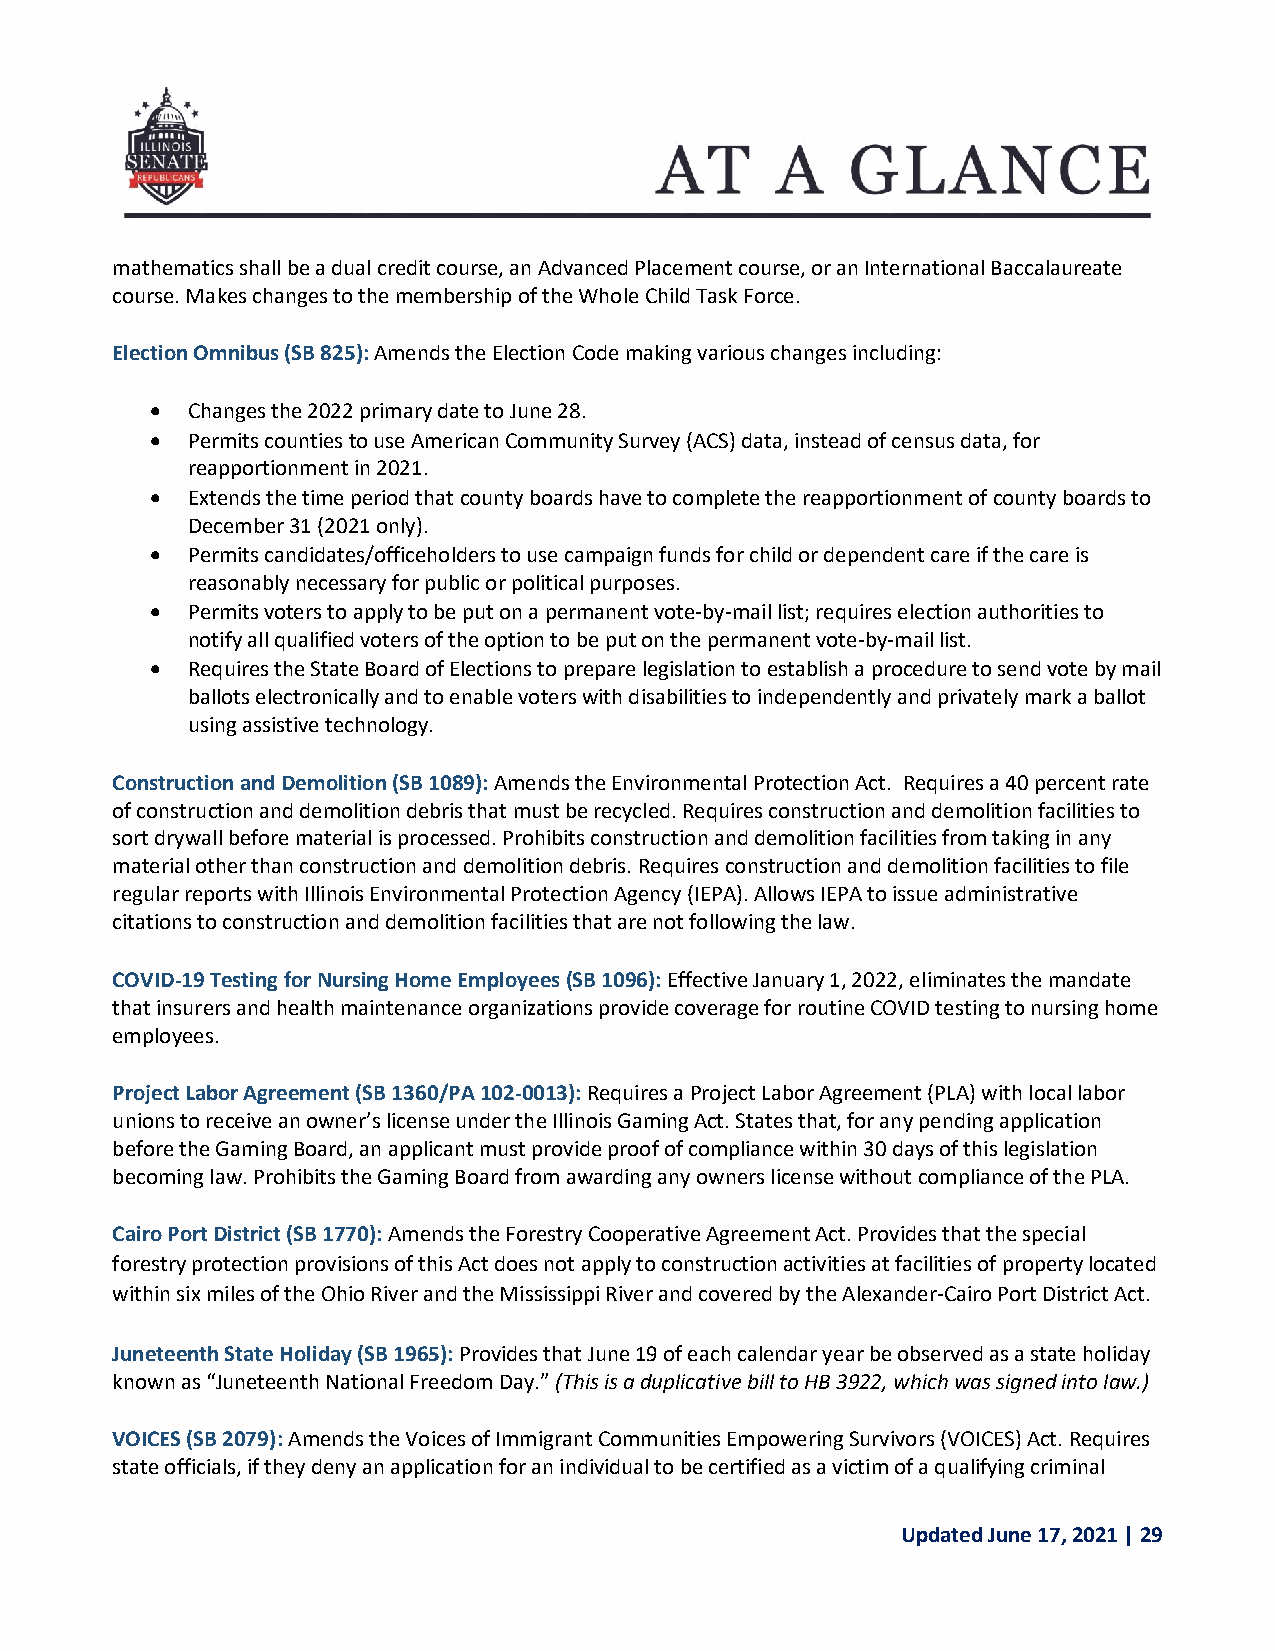
mathematics shall be a dual credit course, an Advanced Placement course, or an International Baccalaureate
 course. Makes changes to the membership of the Whole Child Task Force.
 Election Omnibus (SB 825): Amends the Election Code making various changes including:
  Changes the 2022 primary date to June 28.
  Permits counties to use American Community Survey (ACS) data, instead of census data, for
 reapportionment in 2021.
  Extends the time period that county boards have to complete the reapportionment of county boards to
 December 31 (2021 only).
  Permits candidates/officeholders to use campaign funds for child or dependent care if the care is
 reasonably necessary for public or political purposes.
  Permits voters to apply to be put on a permanent vote-by-mail list; requires election authorities to
 notify all qualified voters of the option to be put on the permanent vote-by-mail list.
  Requires the State Board of Elections to prepare legislation to establish a procedure to send vote by mail
 ballots electronically and to enable voters with disabilities to independently and privately mark a ballot
 using assistive technology.
 Construction and Demolition (SB 1089): Amends the Environmental Protection Act. Requires a 40 percent rate
 of construction and demolition debris that must be recycled. Requires construction and demolition facilities to
 sort drywall before material is processed. Prohibits construction and demolition facilities from taking in any
 material other than construction and demolition debris. Requires construction and demolition facilities to file
 regular reports with Illinois Environmental Protection Agency (IEPA). Allows IEPA to issue administrative
 citations to construction and demolition facilities that are not following the law.
 COVID-19 Testing for Nursing Home Employees (SB 1096): Effective January 1, 2022, eliminates the mandate
 that insurers and health maintenance organizations provide coverage for routine COVID testing to nursing home
 employees.
 Project Labor Agreement (SB 1360/PA 102-0013): Requires a Project Labor Agreement (PLA) with local labor
 unions to receive an owner’s license under the Illinois Gaming Act. States that, for any pending application
 before the Gaming Board, an applicant must provide proof of compliance within 30 days of this legislation
 becoming law. Prohibits the Gaming Board from awarding any owners license without compliance of the PLA.
 Cairo Port District (SB 1770): Amends the Forestry Cooperative Agreement Act. Provides that the special
 forestry protection provisions of this Act does not apply to construction activities at facilities of property located
 within six miles of the Ohio River and the Mississippi River and covered by the Alexander-Cairo Port District Act.
 Juneteenth State Holiday (SB 1965): Provides that June 19 of each calendar year be observed as a state holiday
 known as “Juneteenth National Freedom Day.” (This is a duplicative bill to HB 3922, which was signed into law.)
 VOICES (SB 2079): Amends the Voices of Immigrant Communities Empowering Survivors (VOICES) Act. Requires
 state officials, if they deny an application for an individual to be certified as a victim of a qualifying criminal
 Updated June 17, 2021 | 29